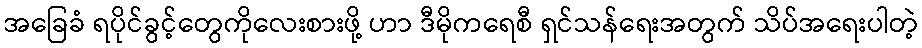
အခြေခံ ရပိုင်ခွင့်တွေကိုလေးစားဖို့ ဟာ ဒီမိုကရေစီ ရှင်သန်ရေးအတွက် သိပ်အရေးပါတဲ့